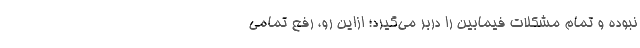
نبوده و تمام مشکلات فیمابین را دربر می‌گیرد؛ ازاین رو، رفع تمامی